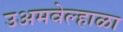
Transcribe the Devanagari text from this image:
उअमवेल्हाळा